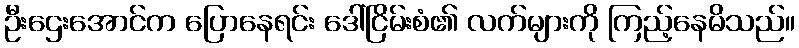
ဦးဌေးအောင်က ပြောနေရင်း ဒေါ်ငြိမ်းစံ၏ လက်များကို ကြည့်နေမိသည်။